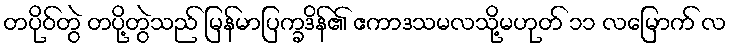
တပိုဝ်တွဲ တပို့တွဲသည် မြန်မာပြက္ခဒိန်၏ ဧကာဒသမလသို့မဟုတ် ၁၁ လမြောက် လ